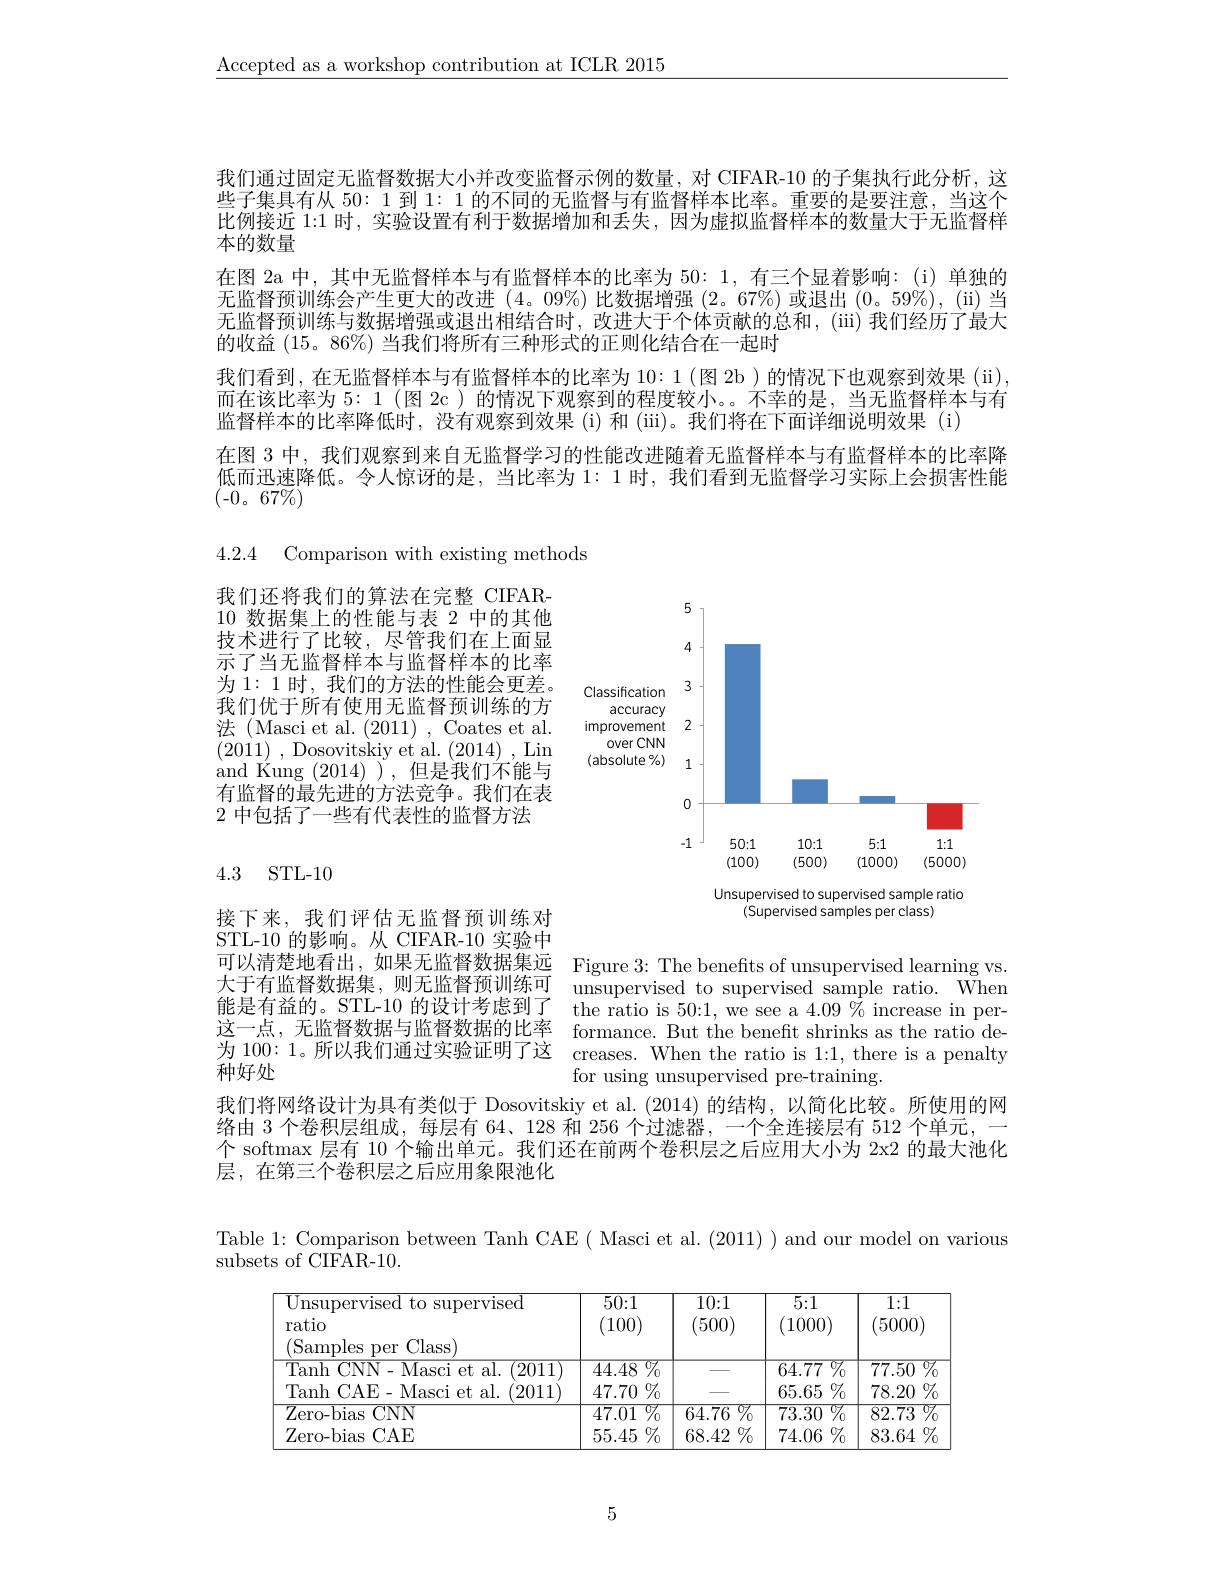
$\underline{\mathrm{Accepted~as~a~workshop~contribution~at~ICLR~2015}}$

我们通过固定无监督数据大小并改变监督示例的数量，对 CIFAR-10 的子集执行此分析，这些子集具有从 50: 1 到 1: 1 的不同的无监督与有监督样本比率。重要的是要注意，当这个比例接近 1:1 时，实验设置有利于数据增加和丢失，因为虚拟监督样本的数量大于无监督样本的数量
在图 2a 中，其中无监督样本与有监督样本的比率为50：1,有三个显着影响：(i)单独的无监督预训练会产生更大的改进(4。09%)比数据增强(2。67$\%)或退出(0。59\%),(ii)当$ 无监督预训练与数据增强或退出相结合时，改进大于个体贡献的总和，(iii)我们经历了最大的收益(15。86%) 当我们将所有三种形式的正则化结合在一起时
我们看到，在无监督样本与有监督样本的比率为 10: 1 (图 2b ) 的情况下也观察到效果 (ii) 而在该比率为 5: 1 (图 2c ) 的情况下观察到的程度较小。。不幸的是，当无监督样本与有监督样本的比率降低时，没有观察到效果 (i) 和 (iii)。我们将在下面详细说明效果 (i)
在图 3 中，我们观察到来自无监督学习的性能改进随着无监督样本与有监督样本的比率降低而迅速降低。令人惊讶的是，当比率为1：1时，我们看到无监督学习实际上会损害性能$(-0。67\overline{\%})$

4.2.4 Comparison with existing methods

我们还将我们的算法在完整 CIFAR- 10数据集上的性能与表 2 中的其他技术进行了比较，尽管我们在上面显示了当无监督样本与监督样本的比率为 1: 1 时，我们的方法的性能会更差。我们优于所有使用无监督预训练的方法 (Masci et al. (2011) , Coates et al. (2011) , ${\mathrm{Dosovitskiy~et~al. ~( 2014) ~, ~Lin}}$ and Kung (2014) ),但是我们不能与有监督的最先进的方法竞争。我们在表2 中包括了一些有代表性的监督方法

<FigureHere>

## 4.3 STL-10

Unsupervised to supervised sample ratio
(Supervised samples per class)

接下来，我们评估无监督预训练对STL-10 的影响。从 CIFAR-10 实验中可以清楚地看出，如果无监督数据集远 Figure 3: The benefits of unsupervised learning vs. 大于有监督数据集，则无监督预训练可 unsupervised to supervised sample ratio. When 能是有益的。STL-10 的设计考虑到了
这一点，无监督数据与监督数据的比率 formance. But the beneft shrinks as the ratio de为 100: 1。所以我们通过实验证明了这 creases. When the ratio is 1:1, there is a penalty 种好处

${\mathrm{the~ratio~is~50:1,~we~see~a~4.09~}}\%$increase in per-
for using unsupervised pre-training.

我们将网络设计为具有类似于 Dosovitskiy et al.(2014) 的结构，以简化比较。所使用的网
络由 3 个卷积层组成，每层有 64、128 和 256 个过滤器，一个全连接层有 512 个单元，
个 softmax 层有 10 个输出单元。我们还在前两个卷积层之后应用大小为 2x2 的最大池化
层，在第三个卷积层之后应用象限池化

Table 1: Comparison between Tanh CAE ( Masci et al. (2011) ) and our model on various

subsets of CIFAR-10.

<FigureHere>

5